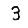
Digit: 3